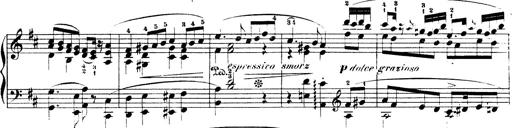
Title: Illustrations de l'opÃ©ra L'Africaine
Composer: Franz Liszt